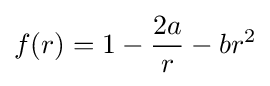
f(r)=1-{2a \over r}-br^{2}